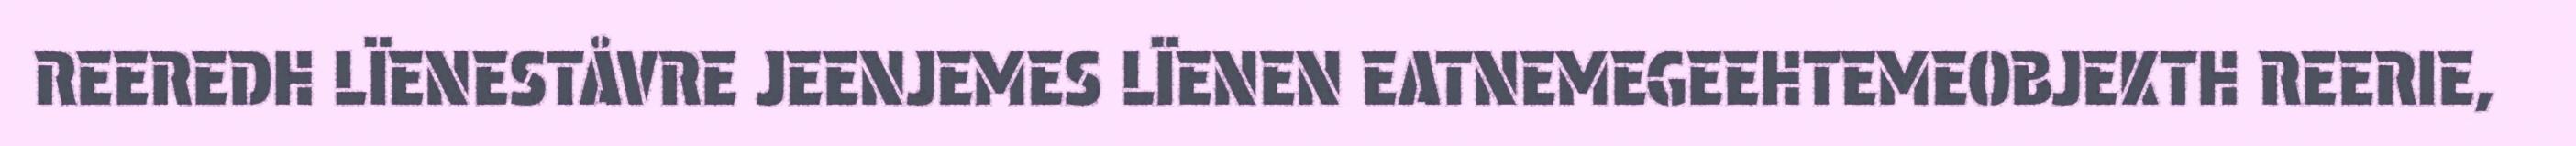
REEREDH LÏENESTÅVRE JEENJEMES LÏENEN EATNEMEGEEHTEMEOBJEKTH REERIE,